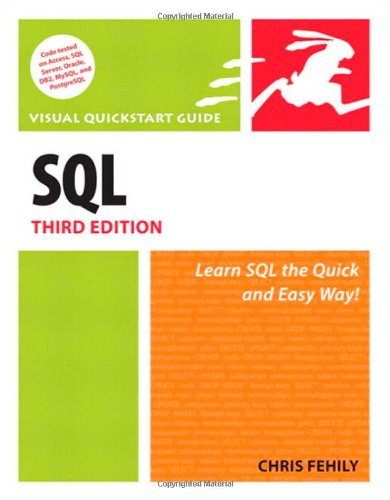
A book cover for SQL: Visual QuickStart Guide (3rd Edition); Chris Fehily; Computers & Technology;